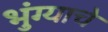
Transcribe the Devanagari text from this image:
भुंग्याचे